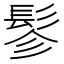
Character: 𩬖